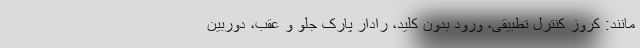
مانند: کروز کنترل تطبیقی، ورود بدون کلید، رادار پارک جلو و عقب، دوربین